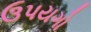
ઉપયગો